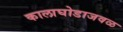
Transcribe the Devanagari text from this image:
कालाघोडाजवळ